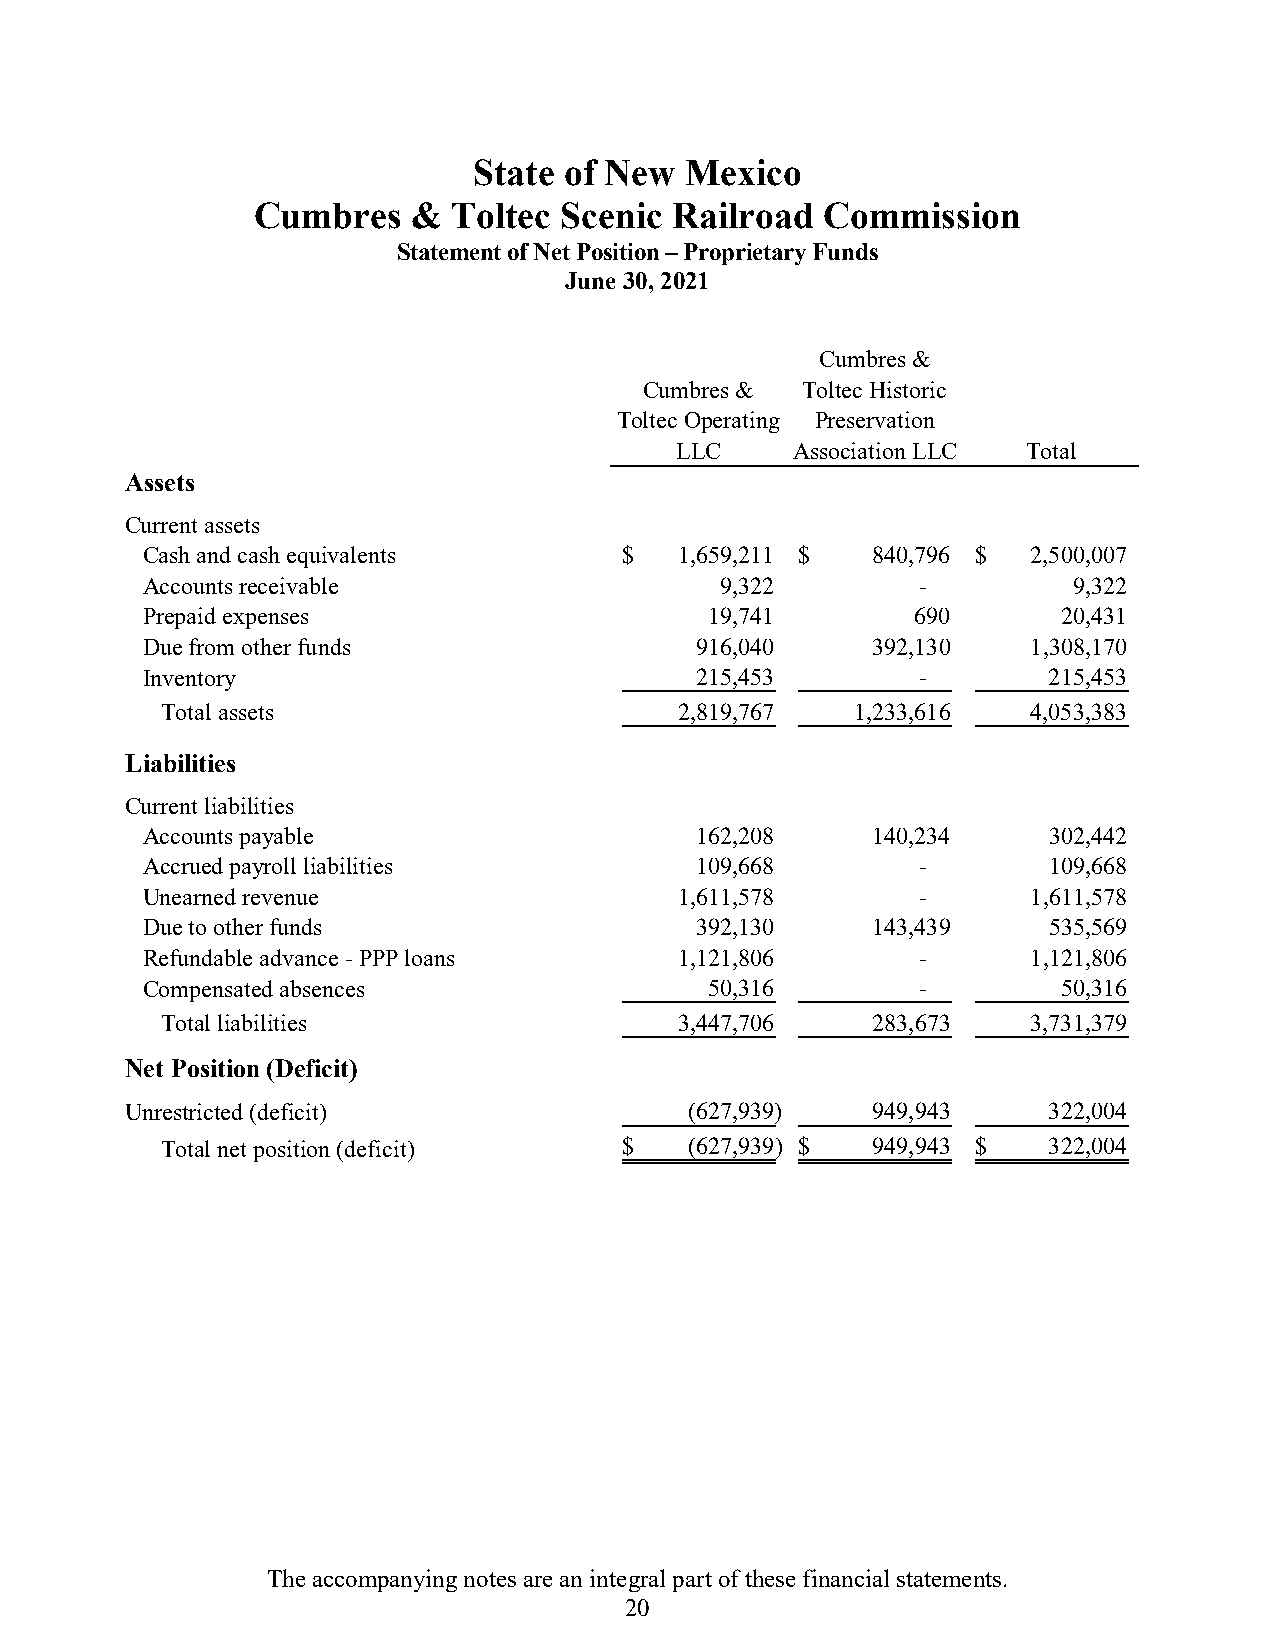
State of New  Mexico
 Cumbres   &  Toltec Scenic  Railroad  Commission
 Statement of Net Position – Proprietary Funds
 June 30, 2021
 Cumbres &
 Cumbres & Toltec Historic
 Toltec Operating Preservation
 LLC    Association LLC Total
 Assets
 Current assets
 Cash and cash equivalents       $   1,659,211 $  840,796 $ 2,500,007
 Accounts receivable                    9,322        -         9,322
 Prepaid expenses                      19,741        690      20,431
 Due from other funds                 916,040     392,130   1,308,170
 Inventory                            215,453        -       215,453
 Total assets                      2,819,767   1,233,616  4,053,383
 Liabilities
 Current liabilities
 Accounts payable                     162,208     140,234    302,442
 Accrued payroll liabilities          109,668        -       109,668
 Unearned revenue                    1,611,578       -      1,611,578
 Due to other funds                   392,130     143,439    535,569
 Refundable advance - PPP loans      1,121,806       -      1,121,806
 Compensated absences                  50,316        -        50,316
 Total liabilities                 3,447,706    283,673   3,731,379
 Net Position (Deficit)
 Unrestricted (deficit)                ( 627,939)  949,943    322,004
 Total net position (deficit)  $    ( 627,939) $ 949,943 $ 322,004
 The accompanying notes are an integral part of these financial statements.
 20